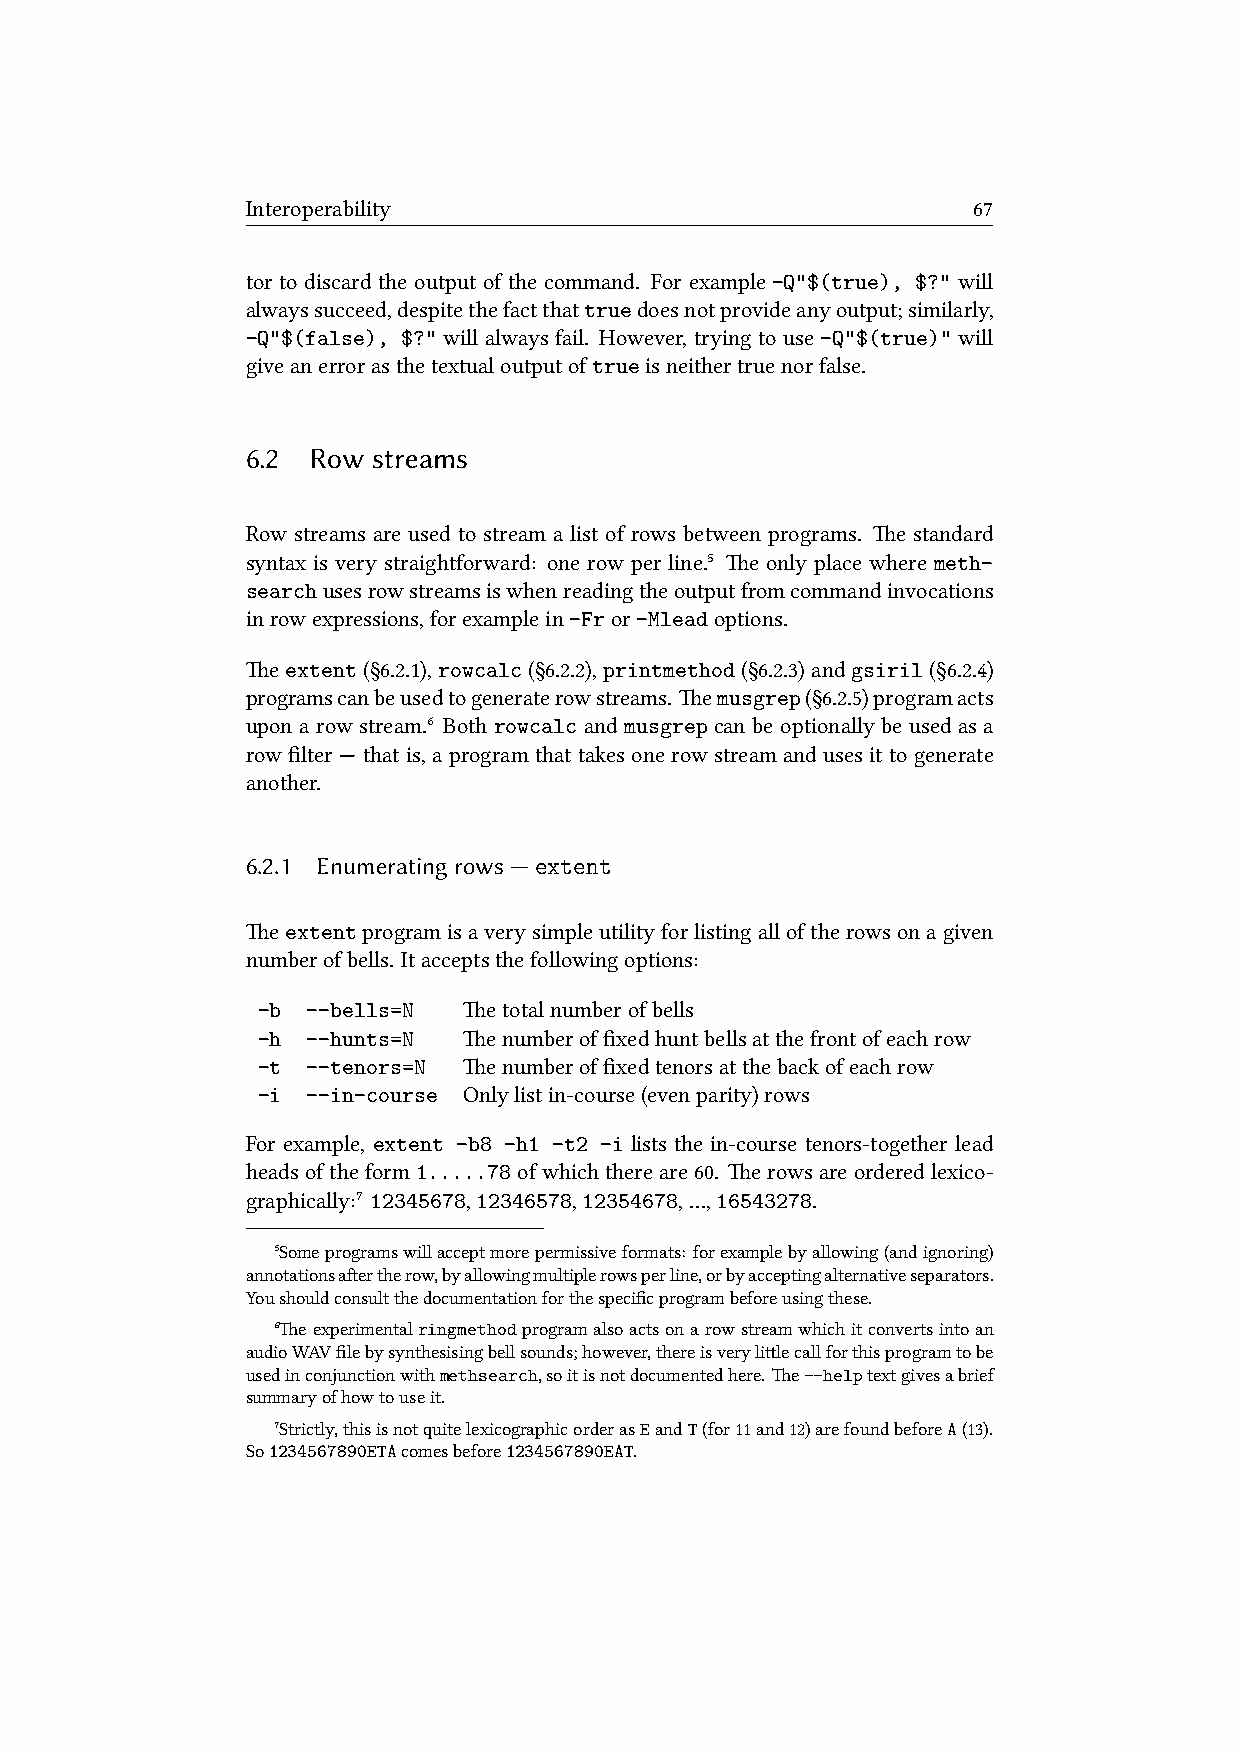
Interoperability                                67
 tor to discard the output of the command. For example -Q"$(true), $?" will
 alwayssucceed,despitethefactthattruedoesnotprovideanyoutput;similarly,
 -Q"$(false), $?" will always fail. However, trying to use-Q"$(true)" will
 giveanerrorasthetextualoutputoftrueisneithertruenorfalse.
 6.2  Row streams
 Row streams are used to stream a list of rows between programs. e standard
 syntax is very straightforward: one row per line.⁵ e only place where meth-
 searchusesrowstreamsiswhenreadingtheoutputfromcommandinvocations
 inrowexpressions,forexamplein-Fror-Mleadoptions.
 eextent(§6.2.1),rowcalc(§6.2.2),printmethod(§6.2.3)andgsiril(§6.2.4)
 programscanbeusedtogeneraterowstreams. emusgrep(§6.2.5)programacts
 upon a row stream.⁶ Both rowcalc and musgrep can be optionally be used as a
 row filter — that is, a program that takes one row stream and uses it to generate
 another.
 6.2.1 Enumeratingrows—extent
 eextentprogramisaverysimpleutilityforlistingalloftherowsonagiven
 numberofbells. Itacceptsthefollowingoptions:
 -b --bells=N  etotalnumberofbells
 -h --hunts=N  enumberoffixedhuntbellsatthefrontofeachrow
 -t --tenors=N enumberoffixedtenorsatthebackofeachrow
 -i --in-course Onlylistin-course(evenparity)rows
 For example, extent -b8 -h1 -t2 -i lists the in-course tenors-together lead
 headsoftheform1.....78ofwhichthereare60. erowsareorderedlexico-
 graphically:⁷ 12345678,12346578,12354678,…,16543278.
 ⁵Someprogramswillacceptmorepermissiveformats: forexamplebyallowing(andignoring)
 annotationsaertherow,byallowingmultiplerowsperline,orbyacceptingalternativeseparators.
 Youshouldconsultthedocumentationforthespecificprogrambeforeusingthese.
 ⁶eexperimentalringmethodprogramalsoactsonarowstreamwhichitconvertsintoan
 audioWAVfilebysynthesisingbellsounds;however,thereisverylilecallforthisprogramtobe
 usedinconjunctionwithmethsearch,soitisnotdocumentedhere.e--helptextgivesabrief
 summaryofhowtouseit.
 ⁷Strictly,thisisnotquitelexicographicorderasEandT(for11and12)arefoundbeforeA(13).
 So1234567890ETAcomesbefore1234567890EAT.